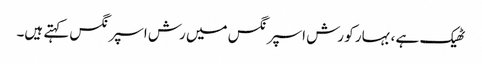
ٹھیک ہے ، بہار کو رش اسپرنگس میں رش اسپرنگس کہتے ہیں۔